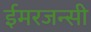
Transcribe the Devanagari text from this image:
ईमरजन्सी